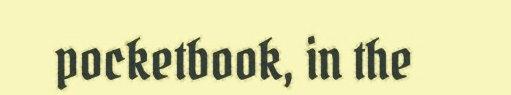
pocketbook, in the